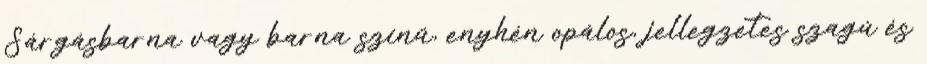
Sárgásbarna vagy barna színű, enyhén opálos, jellegzetes szagú és